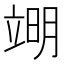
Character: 𮄱